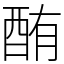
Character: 酭